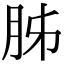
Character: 胏